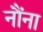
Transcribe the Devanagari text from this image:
नौंना